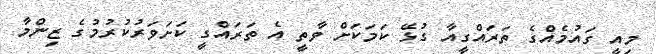
މިއީ ގައުމެއްގެ ތަރައްގީއާ ގުޅޭ ކަމަކަށް ވާތީ އެ ތަރައްގީ ކަށަވަރުކުރުމުގެ ޒިންމާ